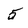
Character: 5